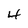
Character: 4